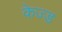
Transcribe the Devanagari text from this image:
केज्ड